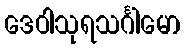
ဒေဝါသုရသင်္ဂါမော